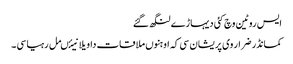
ایس روٹین وچ کئی دیہاڑے لنگھ گئے
کمانڈر ضرار وی پریشان سی کہ اوہنوں ملاقات دا ویلا نیئںمل رہیا سی ۔